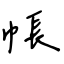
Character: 帳